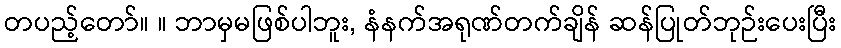
တပည့်တော်။ ။ ဘာမှမဖြစ်ပါဘူး, နံနက်အရုဏ်တက်ချိန် ဆန်ပြုတ်ဘုဉ်းပေးပြီး